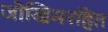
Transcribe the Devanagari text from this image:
जोखिमरहित